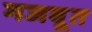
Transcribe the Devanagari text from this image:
मजबूूत